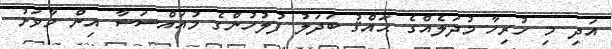
އަދި މި ހުރިހާ މުދަލެއްގެ ޙައްޤު ބަދަލު ފުލުހުންގެ މުއައްސަސާ އިން މާވަށު